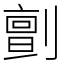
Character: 㔊